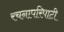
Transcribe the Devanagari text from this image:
रचनापरिपाटी